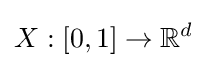
X:[0,1]\rightarrow \mathbb {R} ^{d}